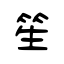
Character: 笙